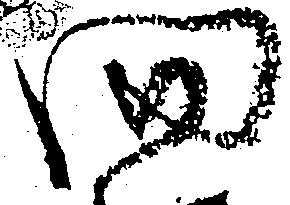
間